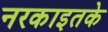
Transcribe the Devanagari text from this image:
नरकाइतके